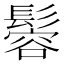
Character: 𩮠